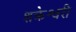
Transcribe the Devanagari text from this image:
शक्रेश्वरी